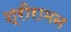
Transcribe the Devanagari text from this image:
श्रीरामन